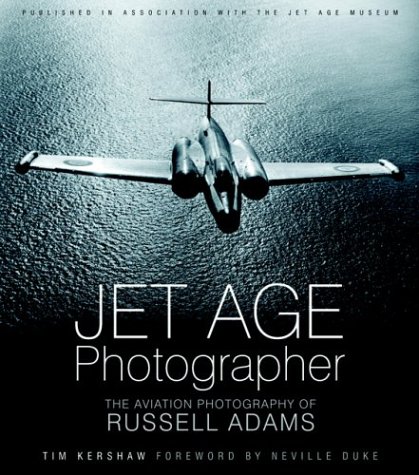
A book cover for Jet Age Photographer: The Aviation Photography of Russell Adams; Tim Kershaw; Arts & Photography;